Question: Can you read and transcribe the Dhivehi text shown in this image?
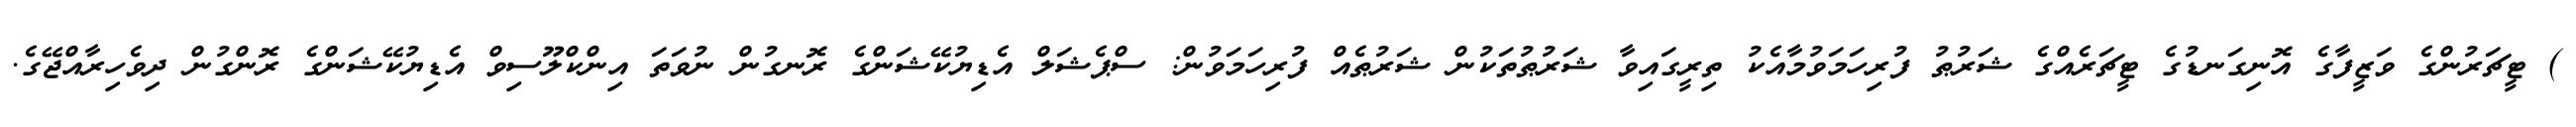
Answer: ) ޓީޗަރުންގެ ވަޒީފާގެ އޮނިގަނޑުގެ ޓީޗަރެއްގެ ޝަރުޠު ފުރިހަމަވުމާއެކު ތިރީގައިވާ ޝަރުޠުތަކުން ޝަރުޠެއް ފުރިހަމަވުން: ސްޕެޝަލް އެޑިޔުކޭޝަންގެ ރޮނގުން ނުވަތަ އިންކްލޫސިވް އެޑިޔުކޭޝަންގެ ރޮންގުން ދިވެހިރާއްޖޭގެ.